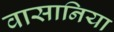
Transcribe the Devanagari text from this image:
वासानिया